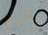
ماستر